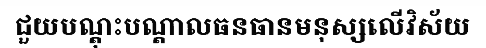
ជួយបណ្តុះបណ្តាលធនធានមនុស្សលើវិស័យ